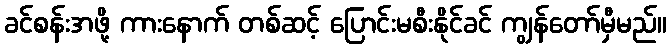
ခင်စန်းအဖို့ ကားနောက် တစ်ဆင့် ပြောင်းမစီးနိုင်ခင် ကျွန်တော်မှီမည်။